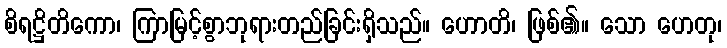
စိရဋ္ဌိတိကော၊ ကြာမြင့်စွာဘုရားတည်ခြင်းရှိသည်။ ဟောတိ၊ ဖြစ်၏။ သော ဟေတု၊